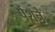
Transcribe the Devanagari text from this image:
पेंशने